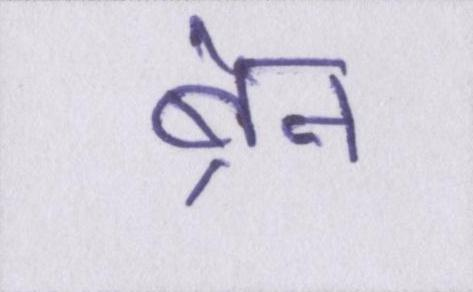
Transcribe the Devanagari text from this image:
ब्रेन